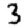
Digit: 3